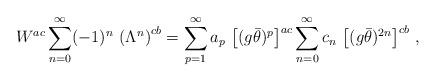
LaTeX: \begin{align*}W^{ac}\sum_{n=0}^\infty(-1)^n\,\left(\Lambda^n\right)^{cb}=\sum_{p=1}^\infty a_p\,\left[(g\bar\theta)^p\right]^{ac}\sum_{n=0}^\infty c_n\,\left[(g\bar\theta)^{2n}\right]^{cb}\,,\end{align*}